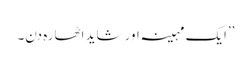
’’ایک مہینہ اور شاید اٹھارہ دن۔